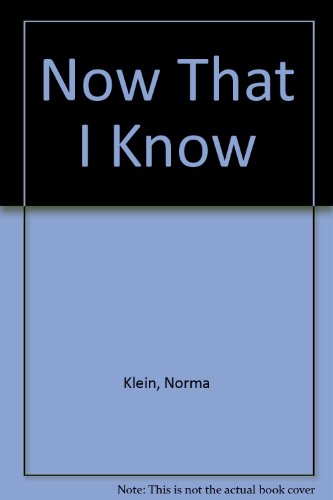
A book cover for Now That I Know; Norma Klein; Teen & Young Adult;